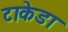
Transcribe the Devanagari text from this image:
टाकेडा